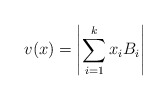
\begin{align*}v(x)=\left|\sum_{i=1}^k x_i B_i \right|\end{align*}